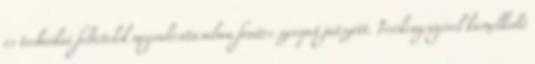
és technikai feltételek megvalósításában fontos szerepet játszott. Tevékenységével kiemelkedő